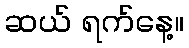
ဆယ် ရက်နေ့။